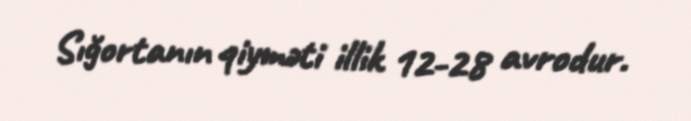
Sığortanın qiyməti illik 12-28 avrodur.